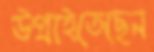
উগ্‌রাইতেছেন